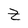
Character: z